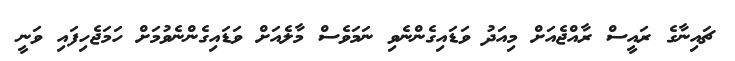
ޗައިނާގެ ރައީސް ރާއްޖެއަށް މިއަދު ވަޑައިގެންނެވި ނަމަވެސް މާލެއަށް ވަޑައިގެންނެވުމަށް ހަމަޖެހިފައި ވަނީ